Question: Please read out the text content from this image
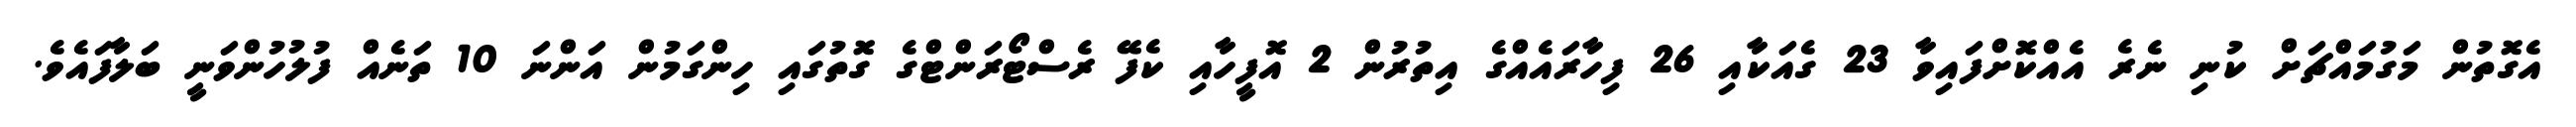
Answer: އެގޮތުން މަގުމައްޗަށް ކުނި ނެރެ އެއްކޮށްފައިވާ 23 ގެއަކާއި 26 ފިހާރައެއްގެ އިތުރުން 2 އޮފީހާއި ކެފޭ ރެސްޓޯރަންޓްގެ ގޮތުގައި ހިންގަމުން އަންނަ 10 ތަނެއް ފުލުހުންވަނީ ބަލާފައެވެ.